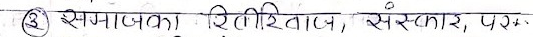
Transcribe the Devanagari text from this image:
समाजका रीतिरिवाज, संस्कार, परम्परा